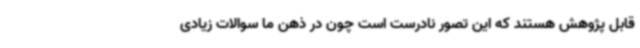
قابل پژوهش هستند که این تصور نادرست است چون در ذهن ما سوالات زیادی